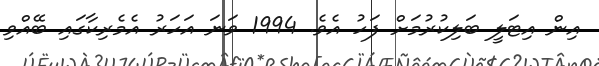
އިން އިޓަލީ ބަލިކުރުމަށް ފަހު އެވެ. 1994 ވަނަ އަހަރު އެމެރިކާގައި ބޭއްވި